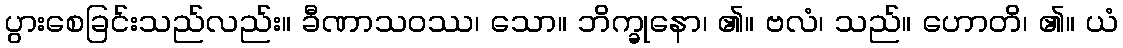
ပွားစေခြင်းသည်လည်း။ ခီဏာသဝဿ၊ သော။ ဘိက္ခုနော၊ ၏။ ဗလံ၊ သည်။ ဟောတိ၊ ၏။ ယံ